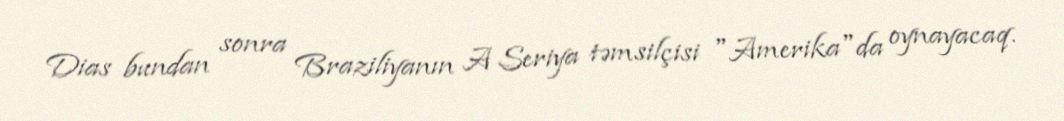
Dias bundan sonra Braziliyanın A Seriya təmsilçisi "Amerika"da oynayacaq.